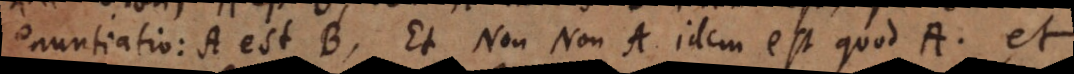
enuntiatio: A est B. Et Non Non A idem est quod A, et